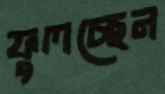
ফুলচ্ছেন